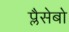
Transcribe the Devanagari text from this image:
प्लैसेबो